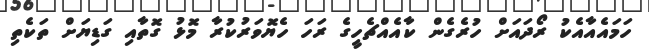
ހަމައެއާއެކު ރޯދައަށް ހުރެގެން ކާއެއްޗެހީގެ ރަހަ ހެޔޮވަރުކުރާ މޮޅު ގޮތާއި ގަޑިޔަށް ތަކެތި